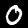
Digit: 0